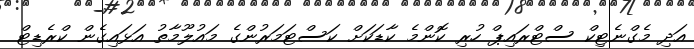
އަދި މެގްނެޓިކް ސްޓްރައިޕް ހުރި ކޮންމެ ކާޑަކަށް ކަސްޓަމަރުންގެ މައުލޫމާތު އަޅައިގެން ކްރެޑިޓް